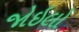
જોઇલો